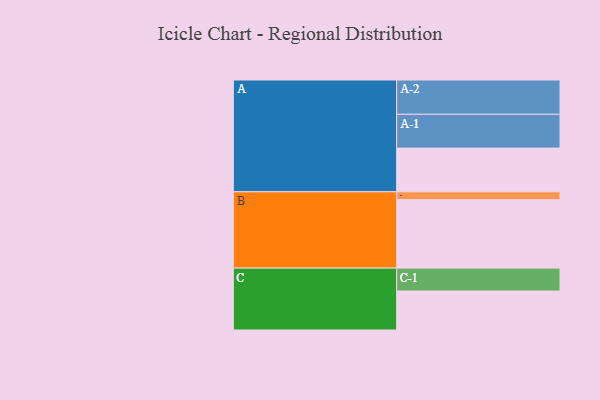
{"axis": {"x": "Segment", "y": "Value"}, "legend": ["", "A", "B", "C"], "data": [{"x": "A", "y": 372, "type": ""}, {"x": "B", "y": 583, "type": ""}, {"x": "C", "y": 332, "type": ""}, {"x": "A-1", "y": 288, "type": "A"}, {"x": "A-2", "y": 292, "type": "A"}, {"x": "B-1", "y": 67, "type": "B"}, {"x": "C-1", "y": 195, "type": "C"}]}